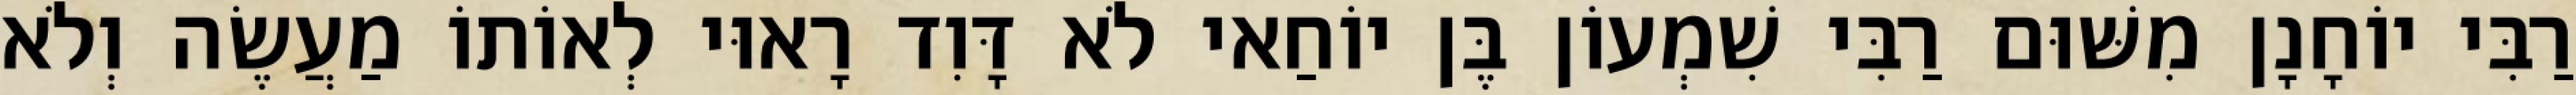
רַבִּי יוֹחָנָן מִשּׁוּם רַבִּי שִׁמְעוֹן בֶּן יוֹחַאי לֹא דָּוִד רָאוּי לְאוֹתוֹ מַעֲשֶׂה וְלֹא